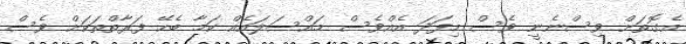
އެގޮތަށް ވިސްނެނީ ވެސް މިފަދަ އެއްވެސް މައްސަލައެއް ކަމާ ބެހޭ ފަރާތްތަކަށް ވެސް